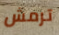
ترمش